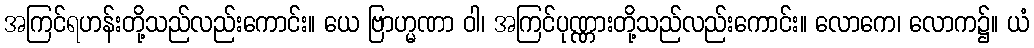
အကြင်ရဟန်းတို့သည်လည်းကောင်း။ ယေ ဗြာဟ္မဏာ ဝါ၊ အကြင်ပုဏ္ဏားတို့သည်လည်းကောင်း။ လောကေ၊ လောက၌။ ယံ